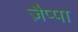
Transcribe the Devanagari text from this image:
ज़ैप्पा